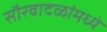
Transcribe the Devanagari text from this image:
सौरवादळांमध्ये